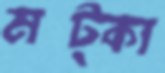
মট্‌কা